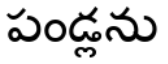
పండ్లను